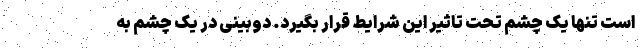
است تنها یک چشم تحت تاثیر این شرایط قرار بگیرد. دوبینی در یک چشم به